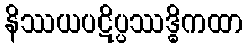
နိဿယပဋိပ္ပဿဒ္ဓိကထာ